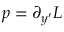
p = \partial _ { y ^ { \prime } } { \cal { L } }